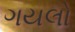
ગયલો